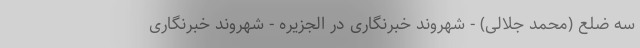
سه ضلع (محمد جلالی) - شهروند خبرنگاری در الجزیره - شهروند خبرنگاری